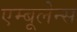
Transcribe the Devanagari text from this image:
एम्‍बूलेन्‍स